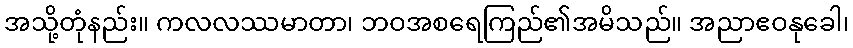
အသို့တုံနည်း။ ကလလဿမာတာ၊ ဘဝအစရေကြည်၏အမိသည်။ အညာဧဝနုခေါ၊